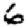
Digit: 6